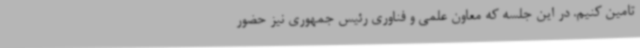
تامین کنیم. در این جلسه که معاون علمی و فناوری رئیس جمهوری نیز حضور